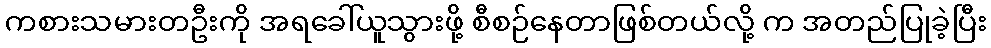
ကစားသမားတဦးကို အရခေါ်ယူသွားဖို့ စီစဉ်နေတာဖြစ်တယ်လို့ က အတည်ပြုခဲ့ပြီး